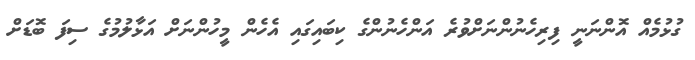
ގުޅުމެއް އޮންނަނީ ފިރިހެނުންނަށްވުރެ އަންހެނުންގެ ކިބައިގައި އެހެން މީހުންނަށް އަޅާލުމުގެ ސިފަ ބޮޑަށް